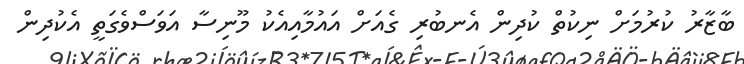
ބާޒާރު ކުރުމަށް ނިކުތް ކުދިން އެނބުރި ގެއަށް އައުމާއިއެކު މޫނިސާ އަވަސްވެގަތީ އެކުދިން